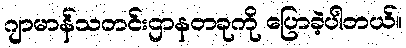
ဂျာမာန်သတင်းဌာနတခုကို ပြောခဲ့ပါတယ်။